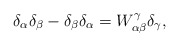
\begin{align*}\delta _\alpha \delta _\beta -\delta _\beta \delta _\alpha =W_{\alpha \beta}^\gamma \delta _\gamma ,\end{align*}